Medical and sanitary report on the native army of Bombay for the year
Year: 1877
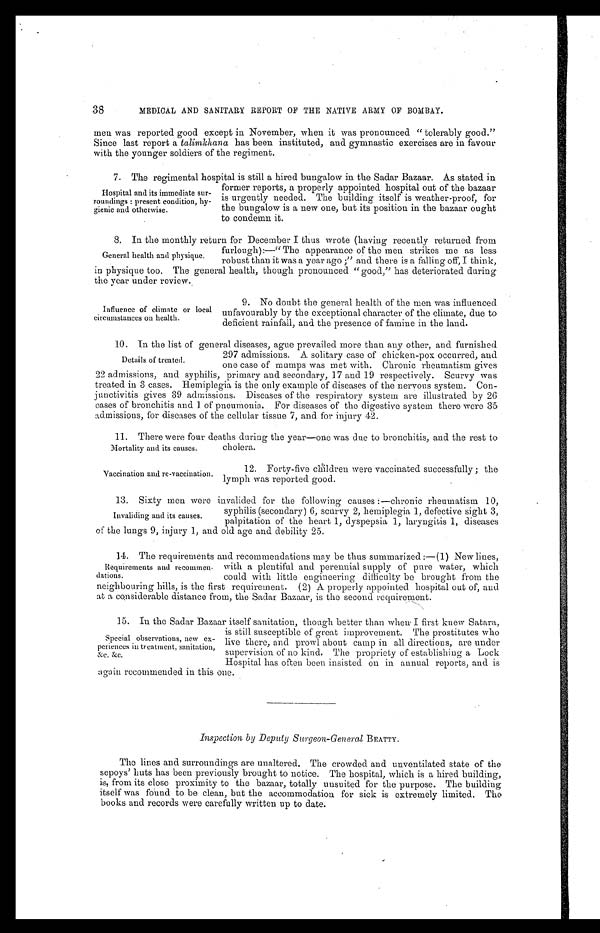
38
MEDICAL AND SANITARY REPORT OF THE NATIVE ARMY OF BOMBAY.
men was reported good except in November, when it was pronounced "tolerably good."
Since last report a talimkhana has been instituted, and gymnastic exercises are in favour
with the younger soldiers of the regiment.
7 . T h e r e g i m e n t a l h o s p i t a l i s s t i l l a h i r e d b u n g a l o w i n t h e S a d a r B a z a a r . A s s t a t e d i n
former reports, a properly appointed hospital out of the bazaar
is urgently needed. The building itself is weather-proof, for
the bungalow is a new one, but its position in the bazaar ought
to condemn it.
8. In the monthly return for December I thus wrote (having recently returned from
furlough):—"The appearance of the men strikes me as less
robust than it was a year ago ;" and there is a falling off, I think,
in physique too. The general health, though pronounced "good," has deteriorated during
the year under review.
Hospital and its immediate sur
-roundings : present condition, hy
- g i e n i c a n d o t h e r w i s e .
General health and physique.
Influence of climate or local
circumstances on health.
9. No doubt the general health of the men was influenced
unfavourably by the exceptional character of the climate, due to
deficient rainfall, and the presence of famine in the land.
10. In the list of general diseases, ague prevailed more than any other, and furnished
297 admissions. A. solitary case of chicken-pox occurred, and
one case of mumps was met with. Chronic rheumatism gives
22 admissions, and syphilis, primary and secondary, 17 and 19 respectively. Scurvy was
treated in 3 cases. Hemiplegia is the only example of diseases of the nervous system. Con
- j u n c t i v i t i s g i v e s 3 9 a d m i s s i o n s . D i s e a s e s o f t h e r e s p i r a t o r y s y s t e m a r e i l l u s t r a t e d b y 2 6
cases of bronchitis and 1 of pneumonia. For diseases of the digestive system there were 35
admissions, for diseases of the cellular tissue 7, and for injury 42.
11. There were four deaths during the year—one was due to bronchitis, and the rest to
cholera.
Details of treated.
Mortality and its causes.
Vaccination and re-vaccination
12. Forty-five children were vaccinated successfully ; the
lymph was reported good.
13. Sixty men were invalided for the following causes :—chronic rheumatism 10,
syphilis (secondary) 6, scurvy 2, hemiplegia 1, defective sight 3,
palpitation of the heart 1, dyspepsia 1, laryngitis 1, diseases
of the lungs 9, injury 1, and old age and debility 25.
14. The requirements and recommendations may be thus summarized :—(1) New lines,
with a plentiful and perennial supply of pure water, which
could with little engineering difficulty be brought from the
neighbouring hills, is the first requirement. (2) A properly appointed hospital out of, and
at a considerable distance from the Sader Bazaar, is the second requirement.
15. In the Sadar Bazaar itself sanitation, though better than when I first knew Satara,
is still susceptible of great improvement. The prostitutes who
live there, and prowl about camp in all directions, are under
supervision of no kind. The propriety of establishing a Lock
Hospital has often been insisted on in annual reports, and is
again recommended in this one.
Inspection by Deputy Surgeon-General BEATTY.
The lines and surroundings are unaltered. The crowded and unventilated state of the
sepoys' huts has been previously brought to notice. The hospital, which is a hired building,
is, from its close proximity to the bazaar, totally unsuited for the purpose. The building
itself was found to be clean, but the accommodation for sick is extremely limited. The
books and records were carefully written up to date.
•
Invaliding and its causes.
Requirements and recommen
-dations.
Special observations, new ex
-periences in treatment, sanitation, &c, &c.